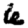
Digit: 6